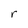
Character: r